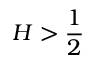
H > \frac 1 2